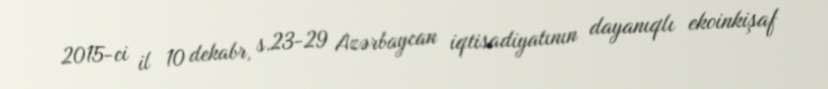
2015-ci il 10 dekabr, s.23-29 Azərbaycan iqtisadiyatının dayanıqlı ekoinkişaf